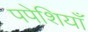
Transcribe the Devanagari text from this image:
पपेशियाँ